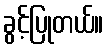
ခွင့်ပြုတယ်။